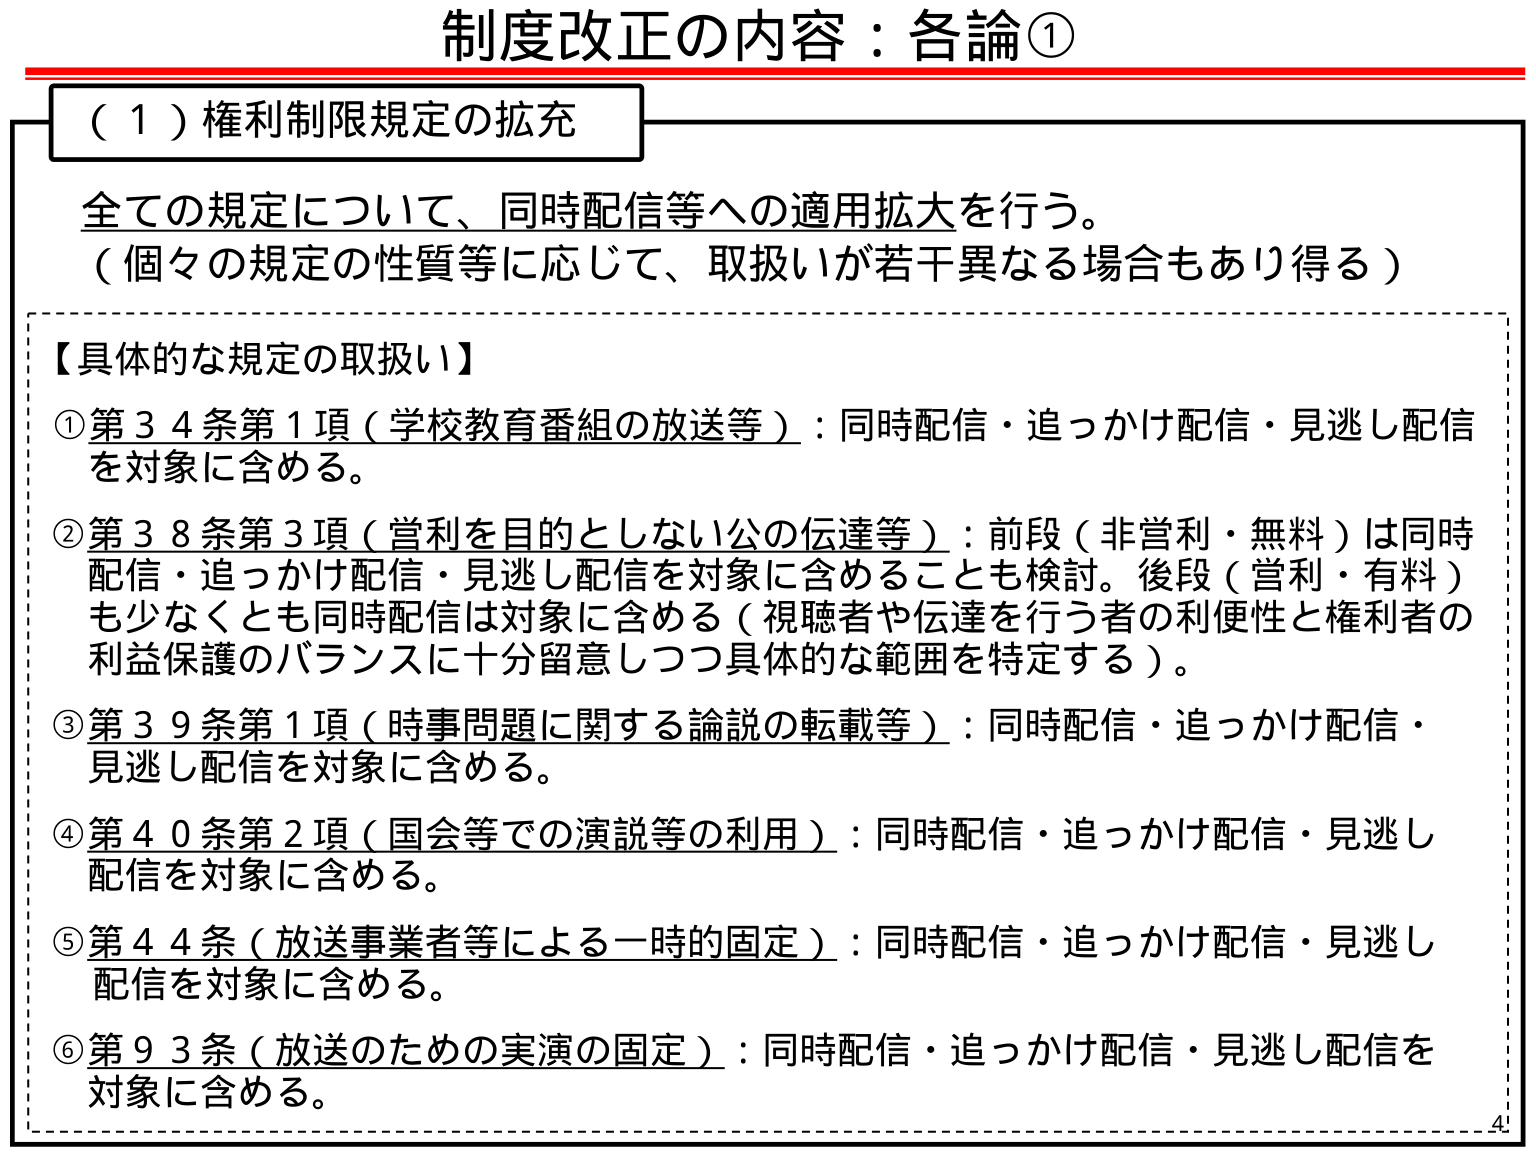
制度改正の内容：各論①

（１）権利制限規定の拡充

全ての規定について、同時配信等への適用拡大を行う。
（個々の規定の性質等に応じて、取扱いが若干異なる場合もあり得る）

【具体的な規定の取扱い】

①第３４条第１項（学校教育番組の放送等）：同時配信・追っかけ配信・見逃し配信を対象に含める。

②第３８条第３項（営利を目的としない公の伝達等）：前段（非営利・無料）は同時配信・追っかけ配信・見逃し配信を対象に含めることも検討。後段（営利・有料）も少なくとも同時配信は対象に含める（視聴者や伝達を行う者の利便性と権利者の利益保護のバランスに十分留意しつつ具体的な範囲を特定する）。

③第３９条第１項（時事問題に関する論説の転載等）：同時配信・追っかけ配信・見逃し配信を対象に含める。

④第４０条第２項（国会等での演説等の利用）：同時配信・追っかけ配信・見逃し配信を対象に含める。

⑤第４４条（放送事業者等による一時的固定）：同時配信・追っかけ配信・見逃し配信を対象に含める。

⑥第９３条（放送のための実演の固定）：同時配信・追っかけ配信・見逃し配信を対象に含める。

4